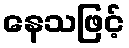
နေသဖြင့်